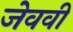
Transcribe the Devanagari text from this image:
जेववी